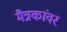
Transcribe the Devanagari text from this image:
मैत्रकांवर